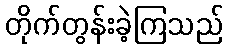
တိုက်တွန်းခဲ့ကြသည်